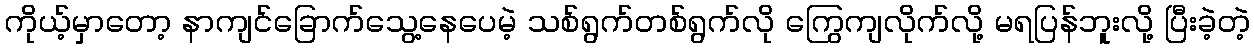
ကိုယ့်မှာတော့ နာကျင်ခြောက်သွေ့နေပေမဲ့ သစ်ရွက်တစ်ရွက်လို ကြွေကျလိုက်လို့ မရပြန်ဘူးလို့ ပြီးခဲ့တဲ့